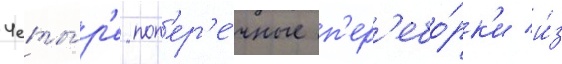
Четы́р'е поп'ер'е́чные п'ер'ебо́рк'и и́з